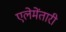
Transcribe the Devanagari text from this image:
एलेमेंतारी